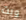
ويت